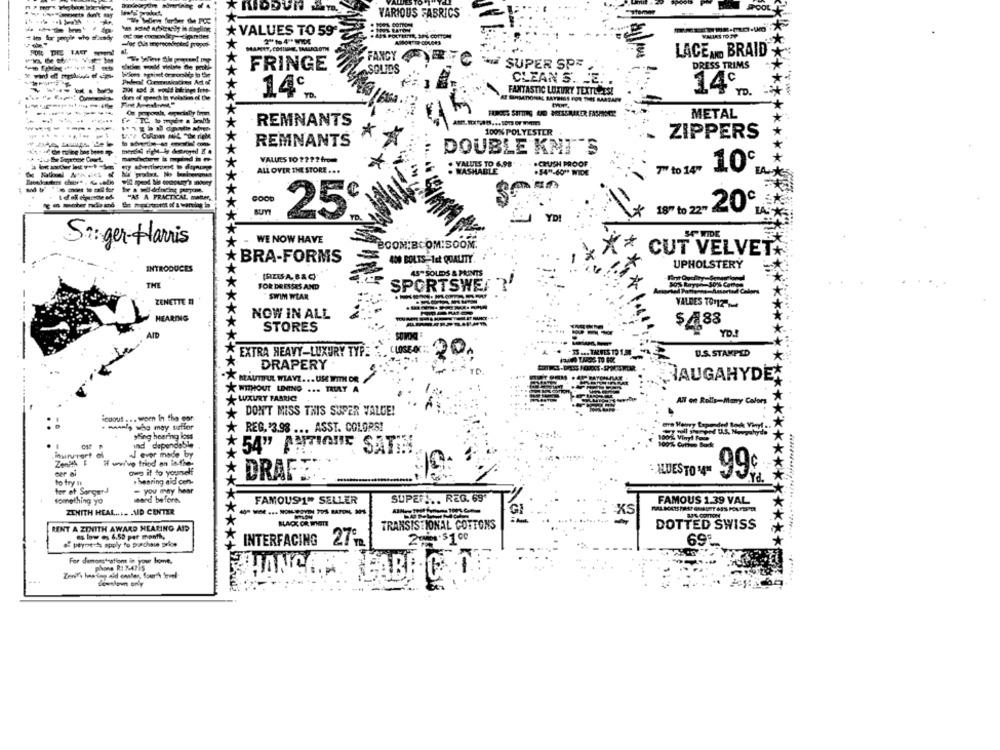
VARIOUS FABRICS
er the FCC
VALUES TO 59'
448 POLTETTE, SPE COFTOM
LACENO BRAID
FANCY
FRINGE
SUPER SPR
DRESS TRIMS
ASOLIDS
CLEAN S. E. .
14€
ho fete-
FANTASTIC LUXURY TEXTE ES!
14℃
TO .
METAL
REMNANTS
*
100% POLYESTER
ZIPPERS
REMNANTS
DOUBLE KNT'S
VALUES TO 2212 from
. VALUES TO 6.98
. CRUSH PROOF
ALL OVER THE STORE ...
.54"-60" WIDE
7" to 14"
10
***************
= 25€
18" to 22- 20℃
YDI
A*
- WE NOW HAVE
Siger Harris
COM:BCOM:SOON.
**
CUT VELVET+
BRA-FORMS
400 BOLTS-1et QUALITY.
UPHOLSTERY
INTRODUCES
(SITES A, B& C)
45- SOLIDS & PRINTS
THE
FOR DRESSES AND
SPORTSWEAR
ZENETTE
SWIM WEAR
VALDES TO12-
NOW IN ALL
HEARING
4.88
STORES
YD .!
EXTRA HEAVY-LUXURY TYPE
CLOSE-OC:
20.
IS ... TRIES TO 1,50
U.S. STAMPED
DRAPERY
BEAUTIFUL WIAVZ ... US WITH OR
RAUGAHYDEN
WITHOUT LINING ... TRERY A
LUXURY FABRIC
ANl ont Rolls-Many Colors
DON'T MISS THIS SUPER VALGE!
iovous . .. worn In the car
-- who may surffor
REG. $3.98 ... ASST. COLORS!
era Heavy Expended Bock Vinyl ..
yling hearing loss
ind dependable
54" ANTIONE SETE
inurvrert of
J ever made by
ZonPA
awo it to yourself
ILUESTO 999
#hearing aid con-
DRAFT
to try It
for et Sorgerd
- you may hear
something yo
send before.
FAMOUS1" SELLER
SUPER ... REG. 69"
FAMOUS 1.39 VAL
ZENITH HEAL .... AID CENTER
GI
RENT A ZENITH AWARD HEARING AID
TRANSISTIONAL COTTONS
DOTTED SWISS
bw 4,50 per month,
69ª
o payments apply to purchase price
INTERFACING 27m
-
For demonstrations in jyour home.
Phone RI M-4715
ABR.
****************!